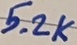
Text: 5.2K